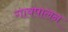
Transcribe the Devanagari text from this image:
गायपालन